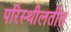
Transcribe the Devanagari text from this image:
परिस्थीलतीत